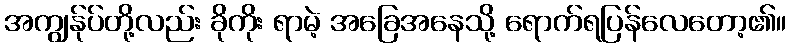
အကျွန်ုပ်တို့လည်း ခိုကိုး ရာမဲ့ အခြေအနေသို့ ရောက်ရပြန်လေတော့၏။